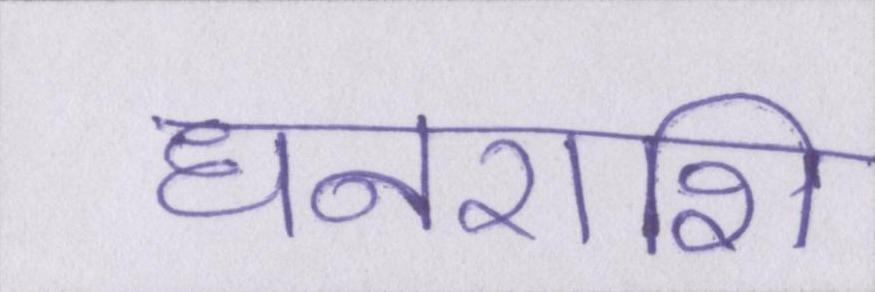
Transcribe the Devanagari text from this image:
धनराशि